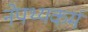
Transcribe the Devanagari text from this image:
नेपथ्यकर्म